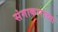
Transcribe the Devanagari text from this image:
संगाकाराच्या